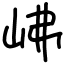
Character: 𡶒